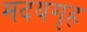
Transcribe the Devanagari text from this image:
मदयगृह